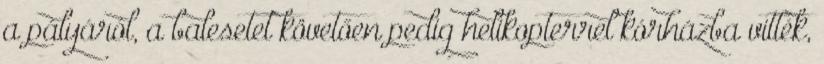
a pályáról, a balesetet követően pedig helikopterrel kórházba vitték,